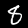
Label: 8